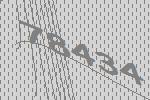
78434